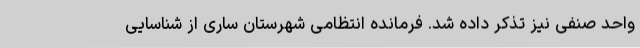
واحد صنفی نیز تذکر داده شد. فرمانده انتظامی شهرستان ساری از شناسایی